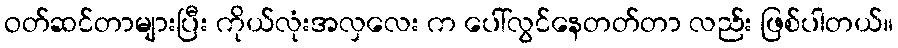
ဝတ်ဆင်တာများပြီး ကိုယ်လုံးအလှလေး က ပေါ်လွင်နေတတ်တာ လည်း ဖြစ်ပါတယ်။